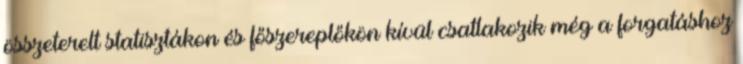
összeterelt statisztákon és főszereplőkön kívül csatlakozik még a forgatáshoz